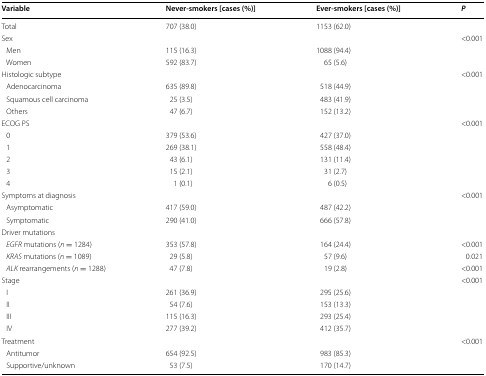
<table><thead><tr><td><b>Variable</b></td><td><b>Never-smokers [cases (%)]</b></td><td><b>Ever-smokers [cases (%)]</b></td><td><b><i>P</i></b></td></tr></thead><tbody><tr><td>Total</td><td>707 (38.0)</td><td>1153 (62.0)</td><td></td></tr><tr><td>Sex</td><td></td><td></td><td>&lt;0.001</td></tr><tr><td> Men</td><td>115 (16.3)</td><td>1088 (94.4)</td><td></td></tr><tr><td> Women</td><td>592 (83.7)</td><td>65 (5.6)</td><td></td></tr><tr><td>Histologic subtype</td><td></td><td></td><td>&lt;0.001</td></tr><tr><td> Adenocarcinoma</td><td>635 (89.8)</td><td>518 (44.9)</td><td></td></tr><tr><td> Squamous cell carcinoma</td><td>25 (3.5)</td><td>483 (41.9)</td><td></td></tr><tr><td> Others</td><td>47 (6.7)</td><td>152 (13.2)</td><td></td></tr><tr><td>ECOG PS</td><td></td><td></td><td>&lt;0.001</td></tr><tr><td> 0</td><td>379 (53.6)</td><td>427 (37.0)</td><td></td></tr><tr><td> 1</td><td>269 (38.1)</td><td>558 (48.4)</td><td></td></tr><tr><td> 2</td><td>43 (6.1)</td><td>131 (11.4)</td><td></td></tr><tr><td> 3</td><td>15 (2.1)</td><td>31 (2.7)</td><td></td></tr><tr><td> 4</td><td>1 (0.1)</td><td>6 (0.5)</td><td></td></tr><tr><td>Symptoms at diagnosis</td><td></td><td></td><td>&lt;0.001</td></tr><tr><td> Asymptomatic</td><td>417 (59.0)</td><td>487 (42.2)</td><td></td></tr><tr><td> Symptomatic</td><td>290 (41.0)</td><td>666 (57.8)</td><td></td></tr><tr><td>Driver mutations</td><td></td><td></td><td></td></tr><tr><td> <i>EGFR</i> mutations (<i>n</i> = 1284)</td><td>353 (57.8)</td><td>164 (24.4)</td><td>&lt;0.001</td></tr><tr><td> <i>KRAS</i> mutations (<i>n</i> = 1089)</td><td>29 (5.8)</td><td>57 (9.6)</td><td>0.021</td></tr><tr><td> <i>ALK</i> rearrangements (<i>n</i> = 1288)</td><td>47 (7.8)</td><td>19 (2.8)</td><td>&lt;0.001</td></tr><tr><td>Stage</td><td></td><td></td><td>&lt;0.001</td></tr><tr><td> I</td><td>261 (36.9)</td><td>295 (25.6)</td><td></td></tr><tr><td> II</td><td>54 (7.6)</td><td>153 (13.3)</td><td></td></tr><tr><td> III</td><td>115 (16.3)</td><td>293 (25.4)</td><td></td></tr><tr><td> IV</td><td>277 (39.2)</td><td>412 (35.7)</td><td></td></tr><tr><td>Treatment</td><td></td><td></td><td>&lt;0.001</td></tr><tr><td> Antitumor</td><td>654 (92.5)</td><td>983 (85.3)</td><td></td></tr><tr><td> Supportive/unknown</td><td>53 (7.5)</td><td>170 (14.7)</td><td></td></tr></tbody></table>